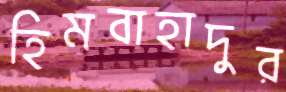
হিমবাহাদুর